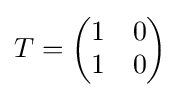
T={\begin{pmatrix}1&0\\1&0\end{pmatrix}}